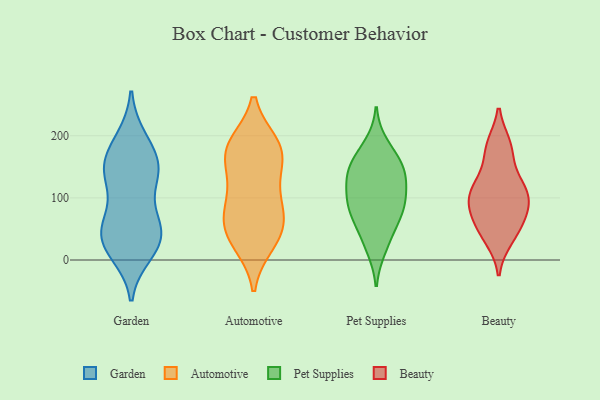
{"axis": {"x": "Population (Million)", "y": "Value"}, "legend": ["Automotive", "Beauty", "Garden", "Pet Supplies"], "data": [{"x": "", "y": 152, "type": "Garden"}, {"x": "", "y": 81, "type": "Garden"}, {"x": "", "y": 170, "type": "Garden"}, {"x": "", "y": 38, "type": "Garden"}, {"x": "", "y": 41, "type": "Garden"}, {"x": "", "y": 13, "type": "Garden"}, {"x": "", "y": 20, "type": "Garden"}, {"x": "", "y": 46, "type": "Garden"}, {"x": "", "y": 147, "type": "Garden"}, {"x": "", "y": 139, "type": "Garden"}, {"x": "", "y": 145, "type": "Garden"}, {"x": "", "y": 68, "type": "Garden"}, {"x": "", "y": 10, "type": "Garden"}, {"x": "", "y": 143, "type": "Garden"}, {"x": "", "y": 39, "type": "Garden"}, {"x": "", "y": 127, "type": "Garden"}, {"x": "", "y": 53, "type": "Garden"}, {"x": "", "y": 194, "type": "Garden"}, {"x": "", "y": 196, "type": "Garden"}, {"x": "", "y": 29, "type": "Automotive"}, {"x": "", "y": 186, "type": "Automotive"}, {"x": "", "y": 47, "type": "Automotive"}, {"x": "", "y": 168, "type": "Automotive"}, {"x": "", "y": 182, "type": "Automotive"}, {"x": "", "y": 169, "type": "Automotive"}, {"x": "", "y": 58, "type": "Automotive"}, {"x": "", "y": 72, "type": "Automotive"}, {"x": "", "y": 68, "type": "Automotive"}, {"x": "", "y": 186, "type": "Automotive"}, {"x": "", "y": 26, "type": "Automotive"}, {"x": "", "y": 142, "type": "Automotive"}, {"x": "", "y": 101, "type": "Automotive"}, {"x": "", "y": 109, "type": "Automotive"}, {"x": "", "y": 72, "type": "Pet Supplies"}, {"x": "", "y": 185, "type": "Pet Supplies"}, {"x": "", "y": 70, "type": "Pet Supplies"}, {"x": "", "y": 79, "type": "Pet Supplies"}, {"x": "", "y": 155, "type": "Pet Supplies"}, {"x": "", "y": 35, "type": "Pet Supplies"}, {"x": "", "y": 161, "type": "Pet Supplies"}, {"x": "", "y": 141, "type": "Pet Supplies"}, {"x": "", "y": 125, "type": "Pet Supplies"}, {"x": "", "y": 144, "type": "Pet Supplies"}, {"x": "", "y": 96, "type": "Pet Supplies"}, {"x": "", "y": 118, "type": "Pet Supplies"}, {"x": "", "y": 19, "type": "Pet Supplies"}, {"x": "", "y": 95, "type": "Pet Supplies"}, {"x": "", "y": 88, "type": "Beauty"}, {"x": "", "y": 51, "type": "Beauty"}, {"x": "", "y": 184, "type": "Beauty"}, {"x": "", "y": 64, "type": "Beauty"}, {"x": "", "y": 35, "type": "Beauty"}, {"x": "", "y": 94, "type": "Beauty"}, {"x": "", "y": 120, "type": "Beauty"}, {"x": "", "y": 102, "type": "Beauty"}, {"x": "", "y": 124, "type": "Beauty"}, {"x": "", "y": 177, "type": "Beauty"}]}